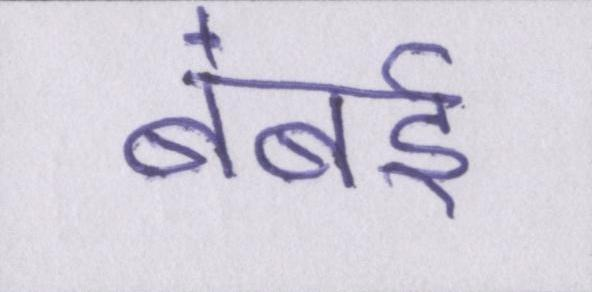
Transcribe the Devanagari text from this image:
बंबई